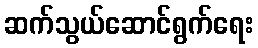
ဆက်သွယ်ဆောင်ရွက်ရေး